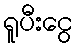
ရူပီးငွေ